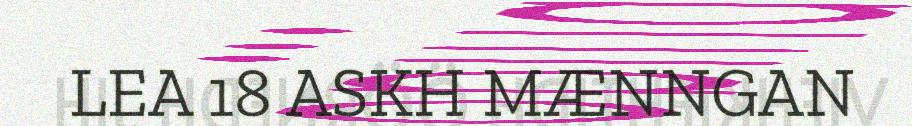
LEA 18 ASKH MÆNNGAN